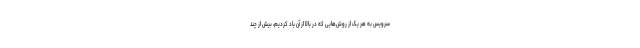
سرویس به هر یک از روش‌هایی که در بالا از آن یاد کردیم، بیش از چند